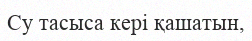
Су тасыса кері қашатын,